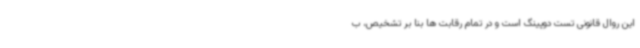
این روال قانونی تست دوپینگ است و در تمام رقابت ها بنا بر تشخیص، ب